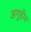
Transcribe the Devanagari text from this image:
अगुहीय